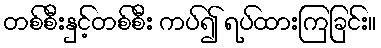
တစ်စီးနှင့်တစ်စီး ကပ်၍ ရပ်ထားကြခြင်း။